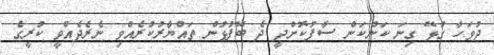
ދުވަހާ ގުޅޭ ގިނަ ކަންކަން ސާފުކޮށްދީ ދެ ބޭފުޅުން ތައްޔާރުކުރެއްވި ނެރެދެއްވީ ކުރީގެ